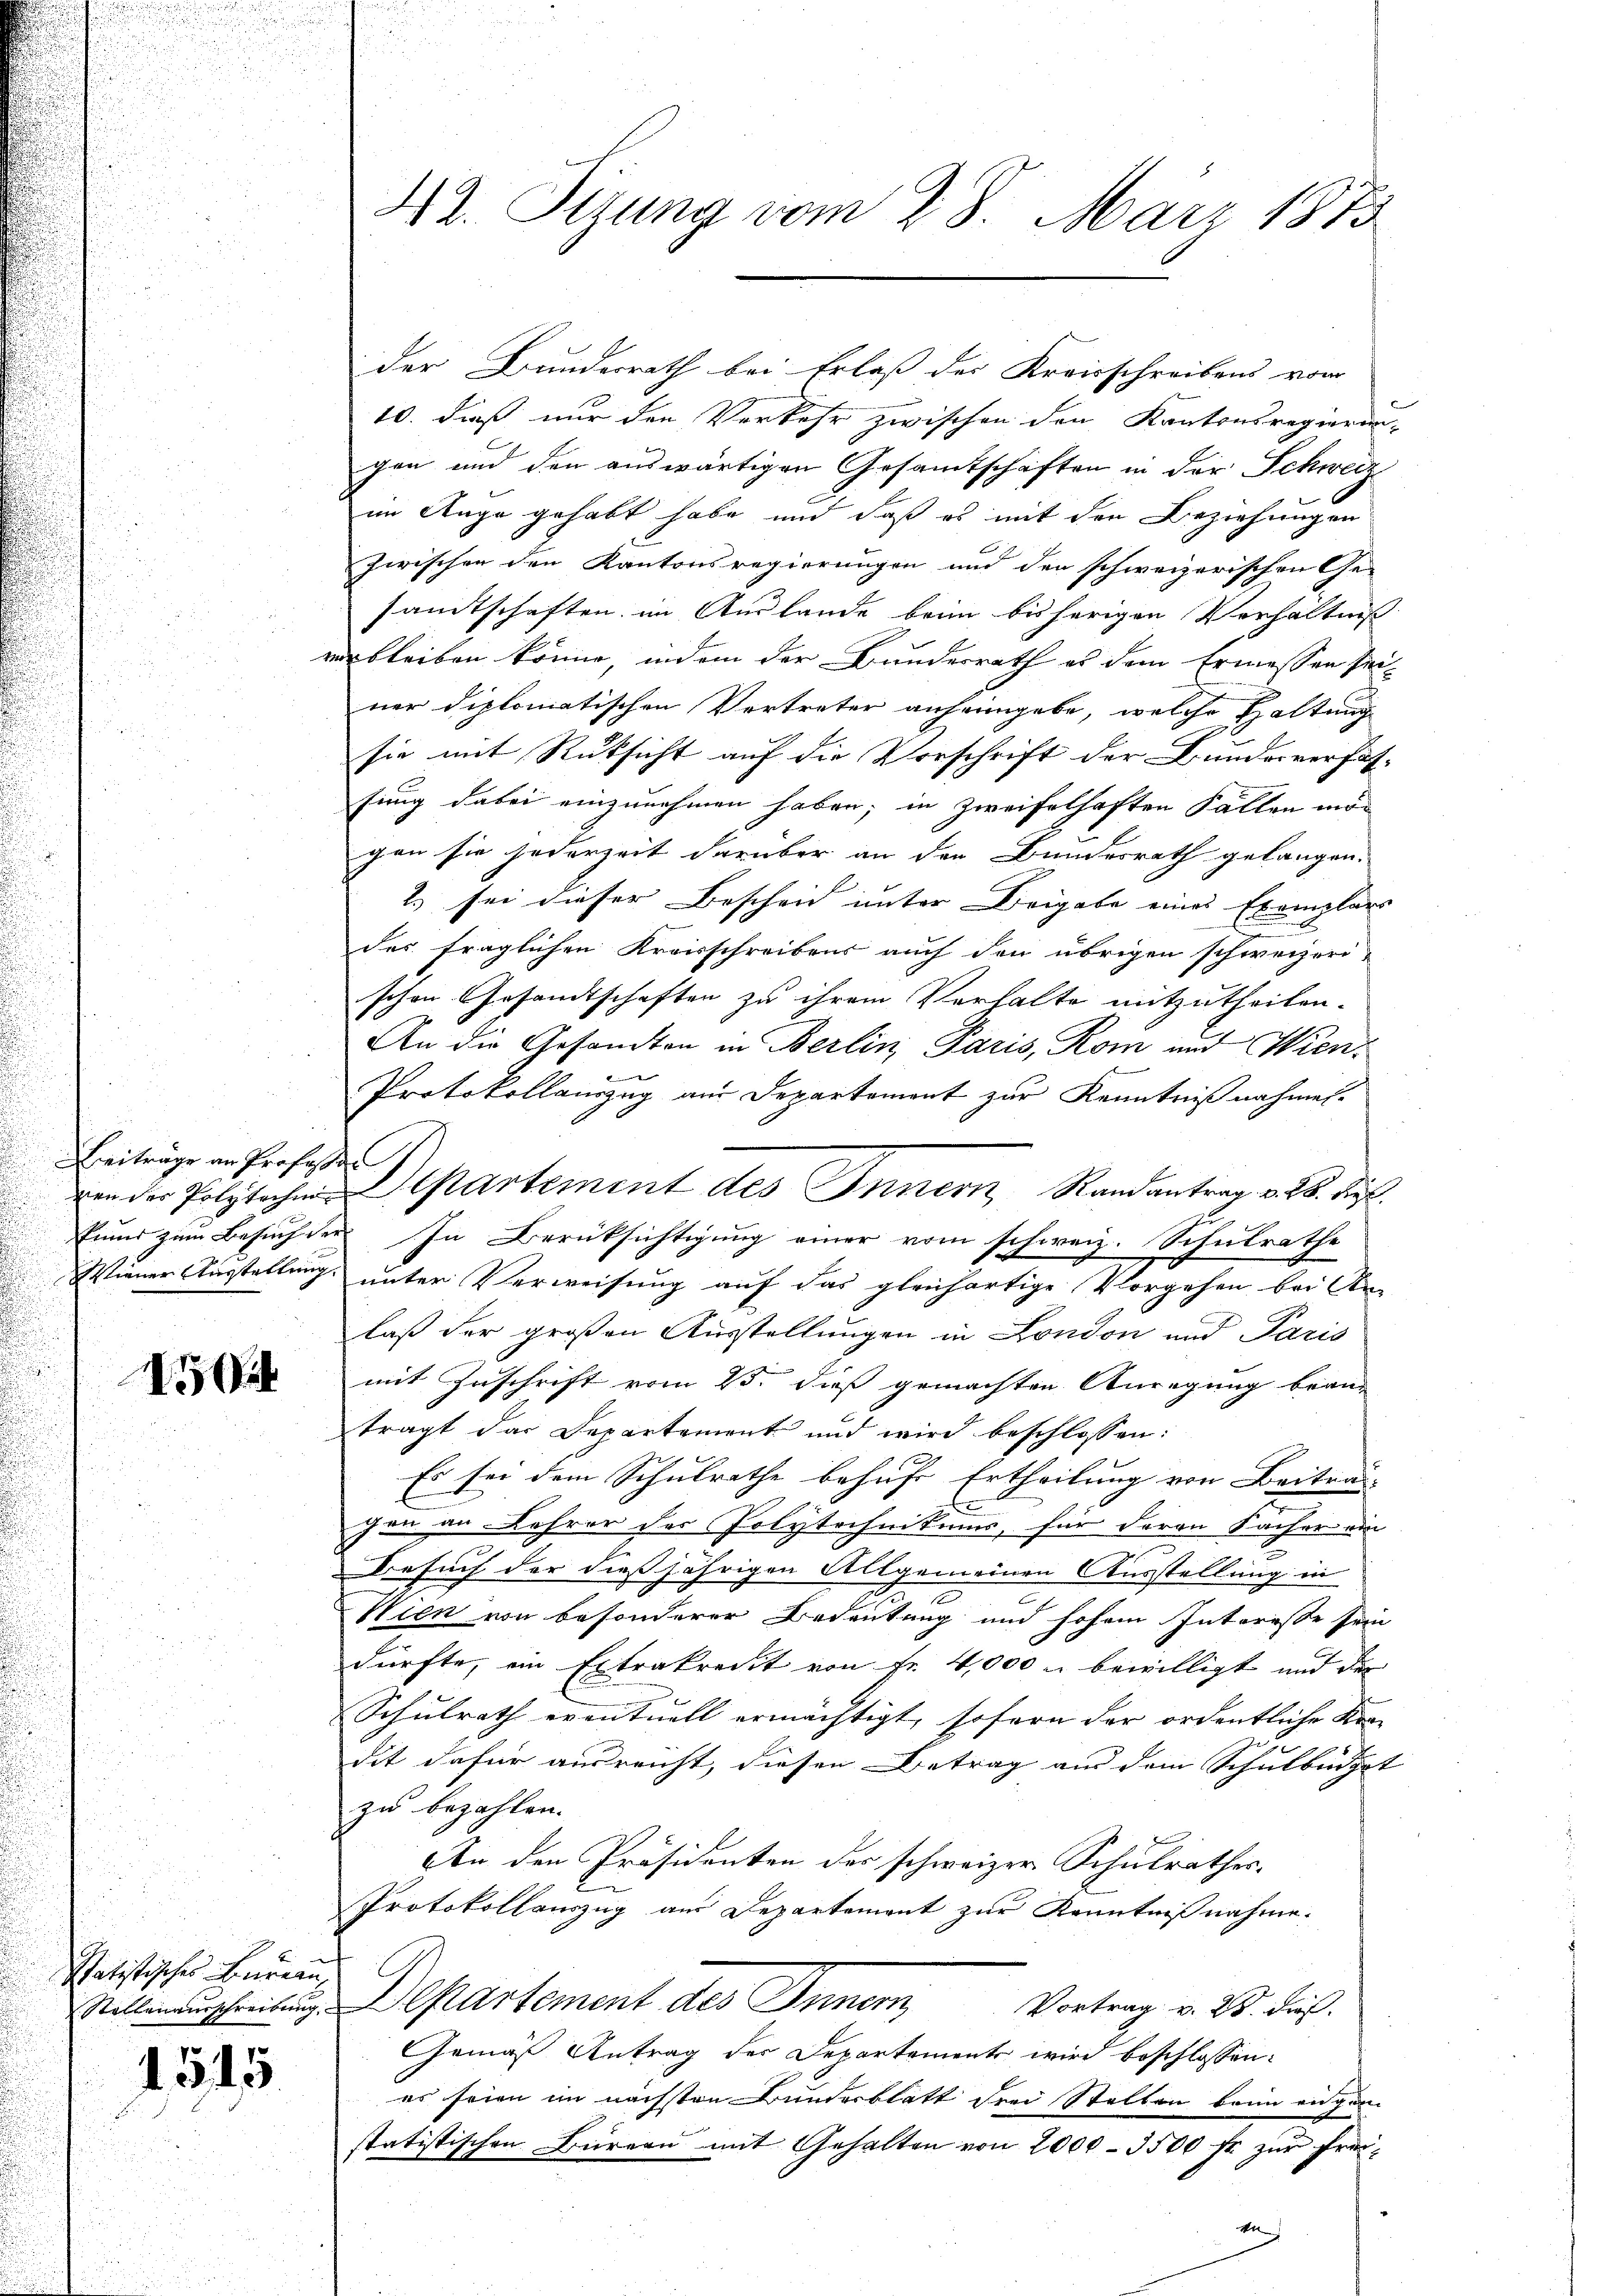
Beiträge an Professor
Prund zum Besuch der
Wiener Ausstellung.

I

statistisches Bureau

1545

42. Sizung vom 28. März 1873

der Bundesrath bei Erlaß des Kreisschreibens vom
10. dieß nur den Verkehr zwischen den Kantonsregierun-
gen und den auswärtigen Gesamtschaften in der Schweiz
im Auge gehabt habe und daß es mit den Beziehungen
zwischen den Kantonsregierungen und den schweizerischen Ge-
samtschaften im Auslande beim bisherigen Verhältniß
erbleiben könne, indem der Bundesrath es dem Ermessen seiner diplomatischen Vortreter anheimgebe, welche Haltung
sie mit Rüksicht auf die Vorschrift der Bundesverfassung dabei einzunehmen haben; in zweifelhaften Fällen mögen sie jederzeit darüber an der Bundesrath gelangen.
2.) sei dieser Bescheid unter Beigabe eines Exemplars
des fraglichen Kreisschreibens auch den übrigen schweizeri-
schen Gesandtschaften zu ihrem Verhalte mitzutheilen.
An die Gesandten in Berlin Paris, Rom und Wiend
Protokollauszug aus Departement zur Kenntniß nahmen.
zr
In Berüksichtigung einer vom schweiz. Schulrathe
unter Verweisung auf das gleichartige Vorgehen bei An-
laß der großen Ausstellungen in London und Paris
mit Zuschrift vom 25. dieß gemachten Anregung brau
trägt das Departement und wird beschlossen:
Es sei dem Schulrathe behufe Ertheilung von Beitra
C
e
gen an Lehrer des Polytechnikums, für deren Sacher ein
Besuch der dießjährigen Allgemeinen Ausstellung in
Wien von besonderer Bedeutung und hohem Interesse sein
dürfte, ein Extrakredit von Fr. 4,000 u bewilligt und der
Schulrath eventuell ermächtigt, sofern der ordentliche Kradit dafür ausreicht, diesen Betrag aus dem Schulbüdget
zu bezahlen. |
An den Präsidenten des schweizer Schulrathes.
Protokollauszug aus Departement zur Kenntnißnahme.
Sillmannschreibung. Departement des Innern,
Vortrag v. 28. dies
Gemäß Antrag der Departements wird beschlossen:
es seien im nächsten Bunderblatt drei Stellen beim angen
statistischen Bürern mit Gehalten von 2000 - 3500 fr zŭr Frei-

ven der Polytechen Separtement des Innern, Randantrag v. 26. d.

h